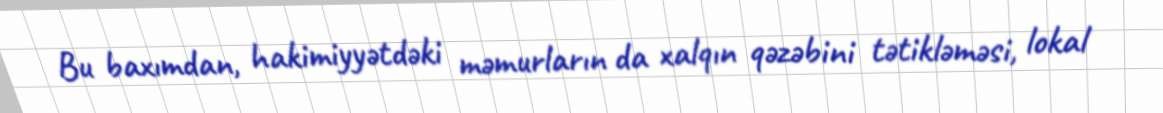
Bu baxımdan, hakimiyyətdəki məmurların da xalqın qəzəbini tətikləməsi, lokal